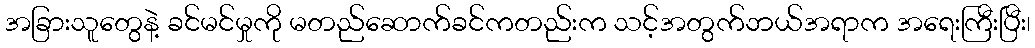
အခြားသူတွေနဲ့ ခင်မင်မှုကို မတည်ဆောက်ခင်ကတည်းက သင့်အတွက်ဘယ်အရာက အရေးကြီးပြီး၊